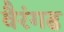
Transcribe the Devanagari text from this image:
वैरंगढ